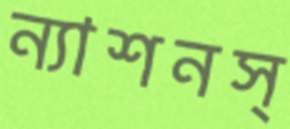
ন্যাশনস্